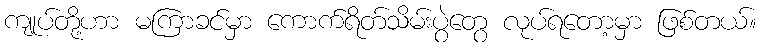
ကျုပ်တို့ဟာ မကြာခင်မှာ ကောက်ရိတ်သိမ်းပွဲတွေ လုပ်ရတော့မှာ ဖြစ်တယ်။